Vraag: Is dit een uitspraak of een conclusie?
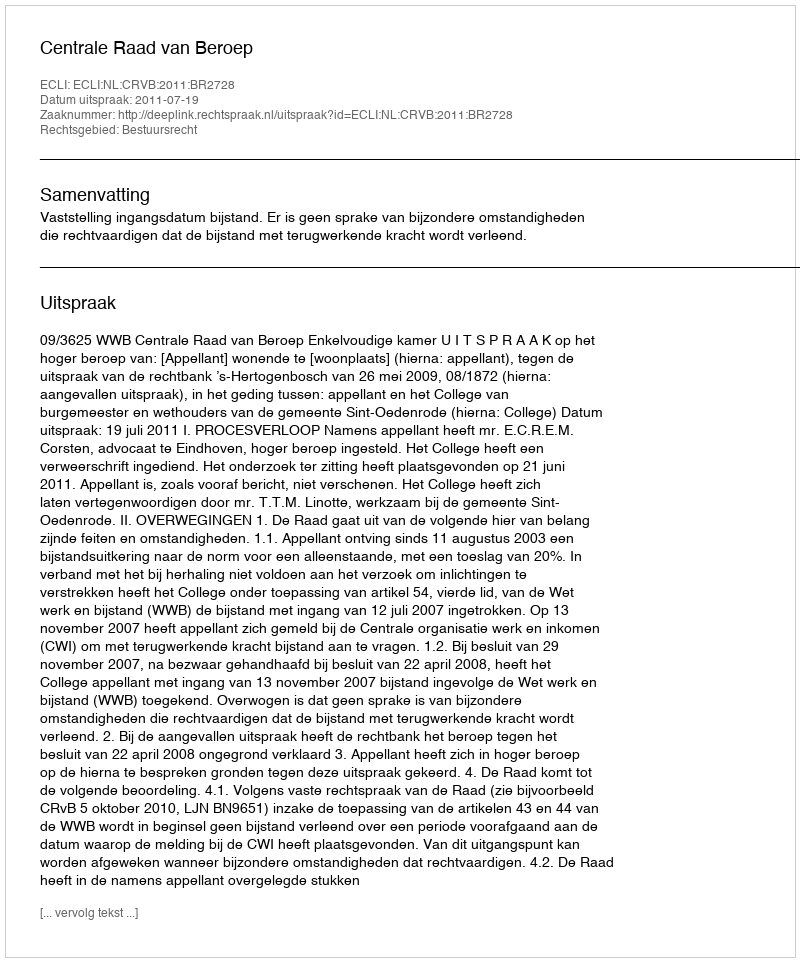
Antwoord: Uitspraak